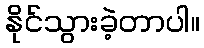
နိုင်သွားခဲ့တာပါ။